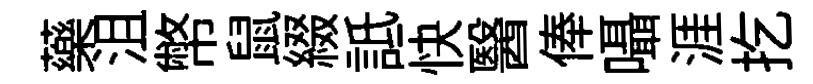
藥沮幣鼠綴詆快醫俸囁涯扢